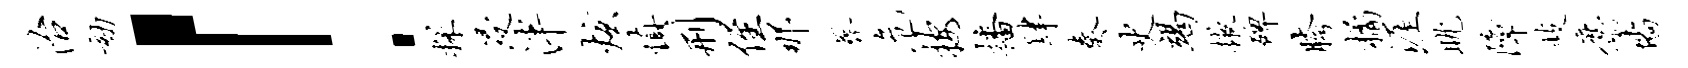
治劾！探浸泮炫慎刑侄那葬危按播肆奏史竭掖碑胯橘涯眺障歧麝墙